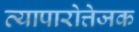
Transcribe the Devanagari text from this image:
व्यापारोत्तेजक